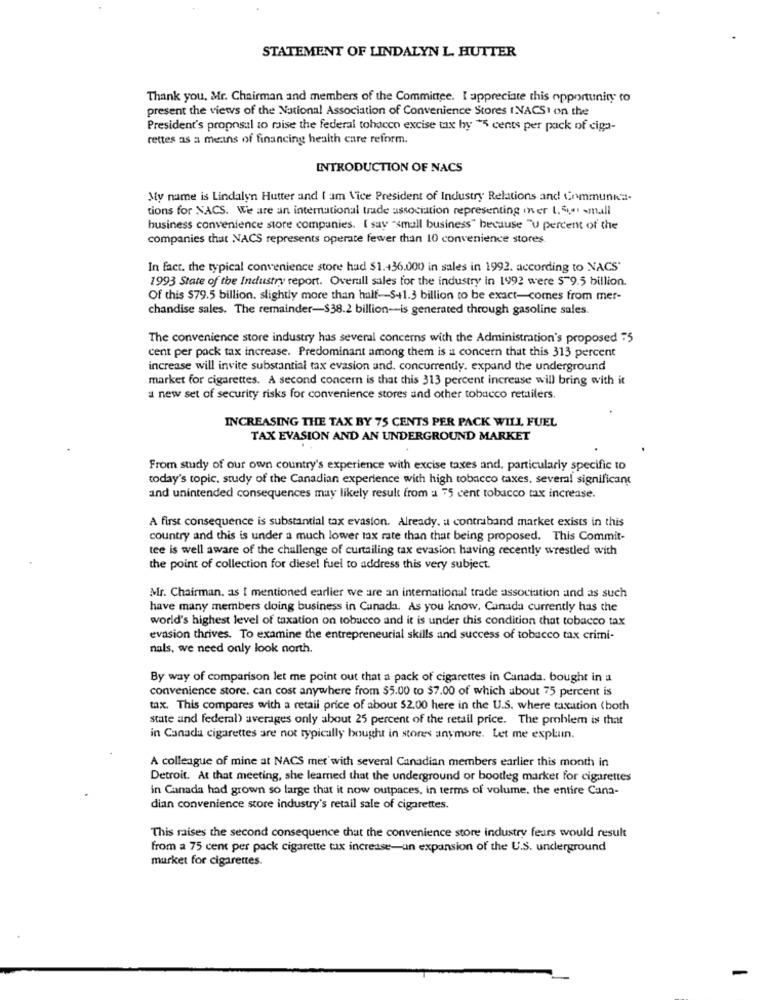
STATEMENT OF LINDALYN L. HUTTER
Thank you, Mr. Chairman and members of the Committee. I appreciate this opportunity to
present the views of the National Association of Convenience Stores INACSI on the
President's proposal to raise the federal tohocon excise tax by "5 cents per pack of ciga-
rettes as a means of financing health care reform.
INTRODUCTION OF NACS
My name is Lindalyn Hutter and I am Vice President of Industry Relations and Communica-
tions for NACS. We are an international trade association representing mer L.sie small
business convenience store companies. I say "small business" because "U percent of the
companies that NACS represents operate fewer than 10 convenience stores
In fact. the typical convenience store had $1.+36.000 in sales in 1992. according to NACS"
1993 State of the Industry report. Overall sales for the industry in 1992 were $ 9.5 billion.
Of this $79.5 billion, slightly more than half-S++1.3 billion to be exact-comes from mer-
chandise sales. The remainder-$38.2 billion-is generated through gasoline sales.
The convenience store industry has several concerns with the Administration's proposed :5
cent per pack tax increase. Predominant among them is a concern that this 313 percent
increase will invite substantial tax evasion and. concurrently. expand the underground
market for cigarettes. A second concern is that this 313 percent increase will bring with it
a new set of security risks for convenience stores and other tobacco retailers.
INCREASING THE TAX BY 75 CENTS PER PACK WILL, FUEL
TAX EVASION AND AN UNDERGROUND MARKET
From study of our own country's experience with excise taxes and, particularly specific to
today's topic, study of the Canadian experience with high tobacco taxes, several significant
and unintended consequences may likely result from a 75 cent tobacco tax increase.
A first consequence is substantial tax evasion. Already. u contraband market exists in this
country and this is under a much lower tax rate than that being proposed. This Commit-
tee is well aware of the challenge of curtailing tax evasion having recently wrestled with
the point of collection for diesel fuel to address this very subject.
Mr. Chairman. as I mentioned earlier we are an international trade association and as such
have many members doing business in Canada. As you know. Cunada currently has the
world's highest level of taxation on tobacco and it is under this condition that tobacco tax
evasion thrives. To examine the entrepreneurial skills and success of tobacco tax crimi-
nals, we need only look north.
By way of comparison let me point out that a pack of cigarettes in Canada. bought in a
convenience store. can cost anywhere from $5.00 to $7.00 of which about 75 percent is
tax. This compares with a retail price of about $2.00 here in the U.S. where taxation (both
state and federal) averages only about 25 percent of the retail price. The problem is that
in Canada cigarettes are not typically bought in stores anymore. Let me explain.
A colleague of mine at NACS met with several Canadian members earlier this month in
Detroit. At that meeting, she learned that the underground or bootleg market for cigarettes
in Canada had grown so large that it now outpaces, in terms of volume, the entire Cana-
dian convenience store industry's retail sale of cigarettes.
This raises the second consequence that the convenience store industry fears would result
from a 75 cent per pack cigarette tax increase-an expansion of the U.S. underground
market for cigarettes.
-